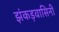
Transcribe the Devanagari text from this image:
झंकड़वासिनी